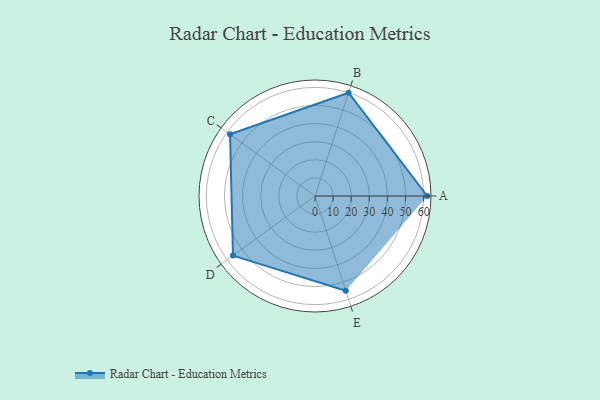
{"axis": {"x": "Skill", "y": "Score"}, "legend": ["Profile"], "data": [{"x": "A", "y": 62.0, "type": "Profile"}, {"x": "B", "y": 60.0, "type": "Profile"}, {"x": "C", "y": 58.0, "type": "Profile"}, {"x": "D", "y": 56.0, "type": "Profile"}, {"x": "E", "y": 55.0, "type": "Profile"}]}